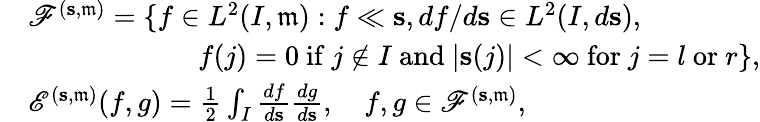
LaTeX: \begin{array}{rl}&{{\mathscr F}^{(\mathbf{s},\mathfrak{m})}=\{ f\in L^{2}(I,\mathfrak{m}):f\ll\mathbf{s},df/d\mathbf{s}\in L^{2}(I,d\mathbf{s}),}\\ &{\qquad\qquad\qquad f(j)=0\mathrm{~if~}j\notin I\mathrm{~and~}|\mathbf{s}(j)|<\infty\mathrm{~for~}j=l\mathrm{~or~}r\} ,}\\ &{{\mathscr E}^{(\mathbf{s},\mathfrak{m})}(f,g)=\frac{1}{2}\int_{I}\frac{df}{d\mathbf{s}}\frac{dg}{d\mathbf{s}},\quad f,g\in{\mathscr F}^{(\mathbf{s},\mathfrak{m})},}\end{array}